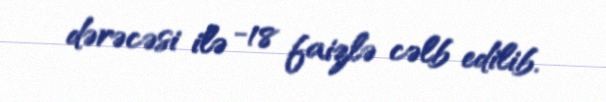
dərəcəsi ilə -18 faizlə cəlb edilib.